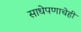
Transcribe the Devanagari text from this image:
साधेपणाचेही